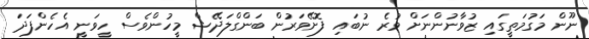
ނޫން މަގުމަތީގައި ޒުވާނުންނަށް ވުރެ ނުބައި ފޮށޭވަރުން ބަންގްލަދޭޝް މީހުންވެސް ހީވަނީ އެހެންފަދަ